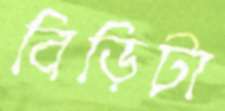
বিড়িটা